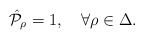
\begin{align*}\hat{\cal P}_{\rho}=1,\quad \forall \rho\in\Delta.\end{align*}